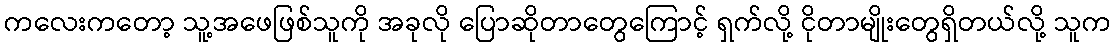
ကလေးကတော့ သူ့အဖေဖြစ်သူကို အခုလို ပြောဆိုတာတွေကြောင့် ရှက်လို့ ငိုတာမျိုးတွေရှိတယ်လို့ သူက